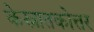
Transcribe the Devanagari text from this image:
केस्नातकोत्तर